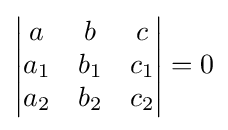
\left|{\begin{matrix}a&b&c\\a_{1}&b_{1}&c_{1}\\a_{2}&b_{2}&c_{2}\end{matrix}}\right|=0